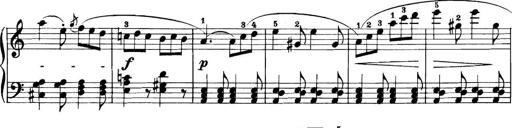
Title: 11 Sonatinas
Composer: Anton Diabelli